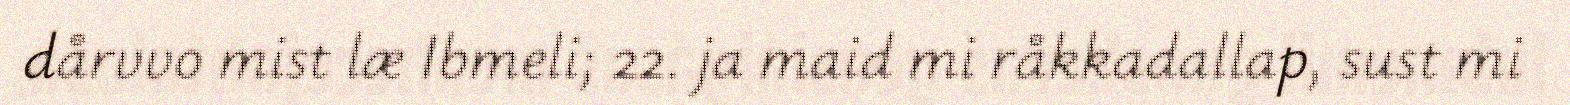
dårvvo mist læ Ibmeli; 22. ja maid mi råkkadallap, sust mi